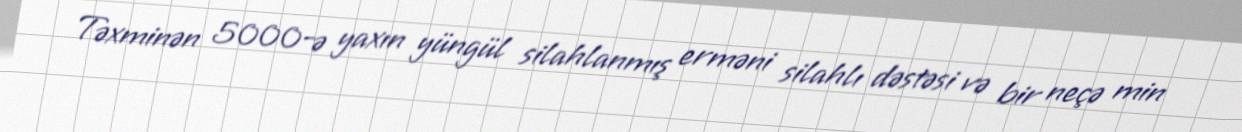
Təxminən 5000-ə yaxın yüngül silahlanmış erməni silahlı dəstəsi və bir neçə min